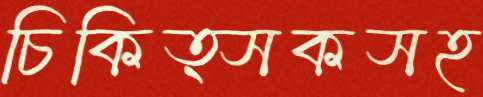
চিকিত্সকসহ